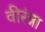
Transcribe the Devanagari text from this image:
वीरंन्ना